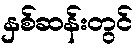
နှစ်ဆန်းတွင်